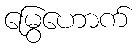
မြွေဟောက်